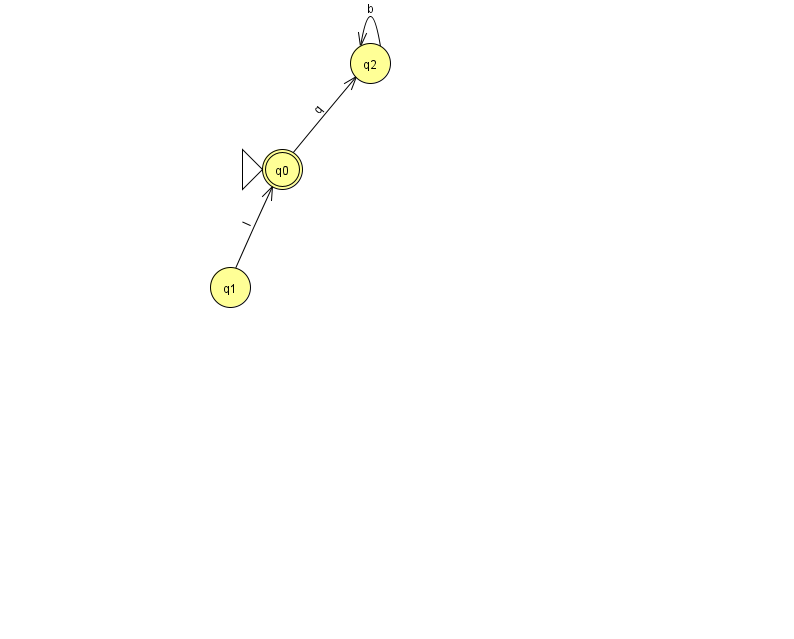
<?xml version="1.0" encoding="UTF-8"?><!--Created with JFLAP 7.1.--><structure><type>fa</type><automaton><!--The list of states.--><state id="0" name="q0"><x>282.0</x><y>156.0</y><initial/><final/></state><state id="1" name="q1"><x>230.0</x><y>274.0</y></state><state id="2" name="q2"><x>370.0</x><y>50.0</y></state><!--The list of transitions.--><transition><from>2</from><to>2</to><read>b</read></transition><transition><from>1</from><to>0</to><read>l</read></transition><transition><from>0</from><to>2</to><read>q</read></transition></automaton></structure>